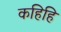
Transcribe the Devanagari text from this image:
कहिहि